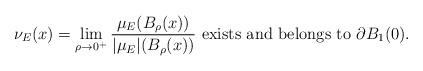
LaTeX: \begin{align*}\nu_{E}(x) = \lim_{\rho \rightarrow 0^{+}} \frac{ \mu_{E}( B_{\rho}(x))}{ | \mu_{E}|( B_{\rho}(x))} \mbox{ exists and belongs to } \partial B_{1}(0).\end{align*}